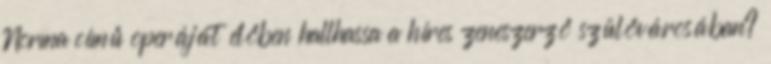
Norma című operáját élőben hallhassa a híres zeneszerző szülővárosában?